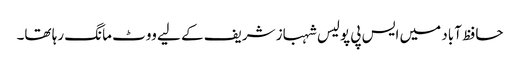
حافظ آباد میں ایس پی پولیس شہباز شریف کے لیے ووٹ مانگ رہا تھا۔